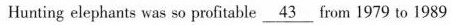
Hunting elephants was so profitable \underline{43} from 1979 to 1989